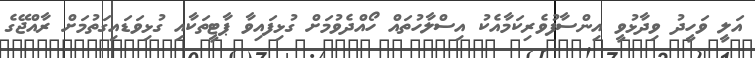
އަލީ ވަހީދު ވިދާޅުވީ އިންސާފުވެރިކަމާއެކު އިސްލާހުތައް ހޯއްދެވުމަށް ގުޅިފައިވާ ޕާޓީތަކާއި ގުޅިވަޑައިގަތުމަށް ރާއްޖޭގެ